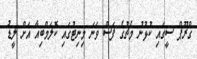
ގްރޫޕް ސީގައި ކުޅުނު މެޗުގެ ފަސް ވަނަ މިނިޓުގައި ކޮލަމްބިއާ އަށް ލީޑު